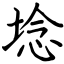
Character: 埝